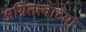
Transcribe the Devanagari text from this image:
अग्नितत्त्वाच्या